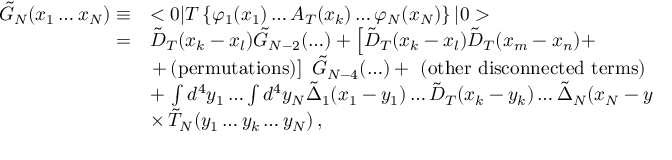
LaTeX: \begin{array} { r l } { { \tilde { G } _ { N } ( x _ { 1 } \ldots x _ { N } ) \equiv } } & { { < 0 | T \left\{ \varphi _ { 1 } ( x _ { 1 } ) \ldots A _ { T } ( x _ { k } ) \ldots \varphi _ { N } ( x _ { N } ) \right\} | 0 > } } \\ { { = } } & { { \tilde { D } _ { T } ( x _ { k } - x _ { l } ) \tilde { G } _ { N - 2 } ( \ldots ) + \left[ \tilde { D } _ { T } ( x _ { k } - x _ { l } ) \tilde { D } _ { T } ( x _ { m } - x _ { n } ) + \right. } } \\ { { \mathrm { } } } & { { \left. + \, \mathrm { { ( p e r m u t a t i o n s ) } } \right] \, \, \tilde { G } _ { N - 4 } ( \ldots ) + \, \, { \mathrm { ( o t h e r \, \, d i s c o n n e c t e d \, \, t e r m s ) } } } } \\ { { \mathrm { } } } & { { + \, \int d ^ { 4 } y _ { 1 } \ldots \int d ^ { 4 } y _ { N } \tilde { \Delta } _ { 1 } ( x _ { 1 } - y _ { 1 } ) \ldots \tilde { D } _ { T } ( x _ { k } - y _ { k } ) \ldots \tilde { \Delta } _ { N } ( x _ { N } - y _ { N } ) } } \\ { { \mathrm { } } } & { { \times \, \tilde { T } _ { N } ( y _ { 1 } \ldots y _ { k } \ldots y _ { N } ) \, , } } \end{array}